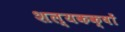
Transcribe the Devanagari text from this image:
शल्यकक्षों